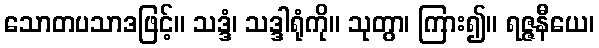
သောတပသာဒဖြင့်။ သဒ္ဒံ၊ သဒ္ဒါရုံကို။ သုတွာ၊ ကြား၍။ ရဇ္ဇနီယေ၊